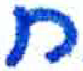
אות: ח